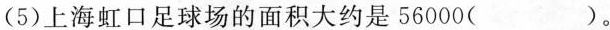
(5)上海虹口足球场的面积大约是56000()。